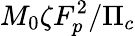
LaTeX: M_{0}\zeta F_{p}^{2}/\Pi_{c}